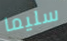
سليما